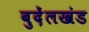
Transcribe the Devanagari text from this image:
बुदेंलखंड